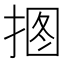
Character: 𱠊